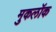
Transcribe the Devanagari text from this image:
मुकलॉक